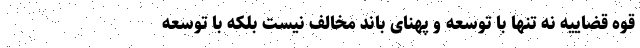
قوه قضاییه نه تنها با توسعه و پهنای باند مخالف نیست بلکه با توسعه